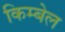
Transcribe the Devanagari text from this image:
किम्बेल